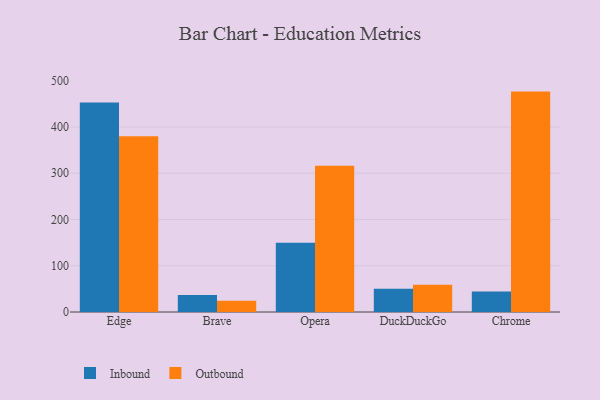
{"axis": {"x": "Browser", "y": "Demand Index"}, "legend": ["Inbound", "Outbound"], "data": [{"x": "Edge", "y": 452.9, "type": "Inbound"}, {"x": "Edge", "y": 379.9, "type": "Outbound"}, {"x": "Brave", "y": 36.9, "type": "Inbound"}, {"x": "Brave", "y": 24.4, "type": "Outbound"}, {"x": "Opera", "y": 149.6, "type": "Inbound"}, {"x": "Opera", "y": 316.2, "type": "Outbound"}, {"x": "DuckDuckGo", "y": 50.0, "type": "Inbound"}, {"x": "DuckDuckGo", "y": 58.9, "type": "Outbound"}, {"x": "Chrome", "y": 44.4, "type": "Inbound"}, {"x": "Chrome", "y": 476.5, "type": "Outbound"}]}